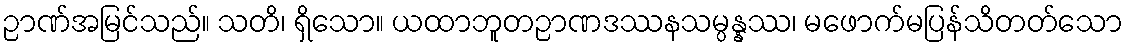
ဉာဏ်အမြင်သည်။ သတိ၊ ရှိသော။ ယထာဘူတဉာဏဒဿနသမ္ပန္နဿ၊ မဖောက်မပြန်သိတတ်သော